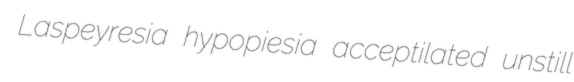
Laspeyresia hypopiesia acceptilated unstill